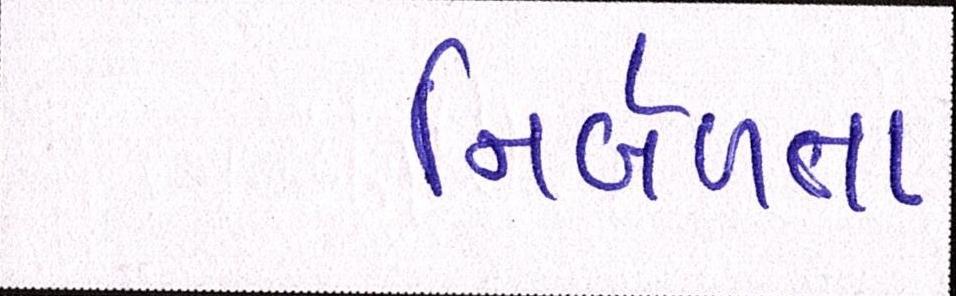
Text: નિર્બળતા